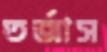
তর্জাস